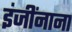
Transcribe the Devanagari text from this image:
इंजींनाना